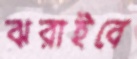
ঝরাইবে